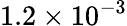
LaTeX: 1.2\times 10^{-3}